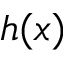
h ( x )